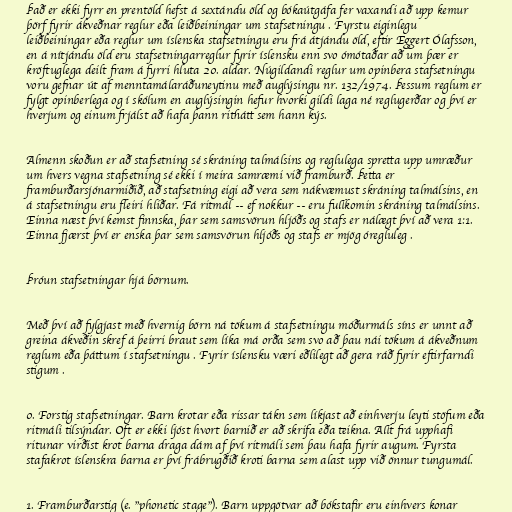
Það er ekki fyrr en prentöld hefst á sextándu öld og bókaútgáfa fer vaxandi að upp kemur
þörf fyrir ákveðnar reglur eða leiðbeiningar um stafsetningu . Fyrstu eiginlegu
leiðbeiningar eða reglur um íslenska stafsetningu eru frá átjándu öld, eftir Eggert Ólafsson,
en á nítjándu öld eru stafsetningarreglur fyrir íslensku enn svo ómótaðar að um þær er
kröftuglega deilt fram á fyrri hluta 20. aldar. Núgildandi reglur um opinbera stafsetningu
voru gefnar út af menntamálaráðuneytinu með auglýsingu nr. 132/1974. Þessum reglum er
fylgt opinberlega og í skólum en auglýsingin hefur hvorki gildi laga né reglugerðar og því er
hverjum og einum frjálst að hafa þann rithátt sem hann kýs.

Almenn skoðun er að stafsetning sé skráning talmálsins og reglulega spretta upp umræður
um hvers vegna stafsetning sé ekki í meira samræmi við framburð. Þetta er
framburðarsjónarmiðið, að stafsetning eigi að vera sem nákvæmust skráning talmálsins, en
á stafsetningu eru fleiri hliðar. Fá ritmál -- ef nokkur -- eru fullkomin skráning talmálsins.
Einna næst því kemst finnska, þar sem samsvörun hljóðs og stafs er nálægt því að vera 1:1.
Einna fjærst því er enska þar sem samsvörun hljóðs og stafs er mjög óregluleg .

Þróun stafsetningar hjá börnum.

Með því að fylgjast með hvernig börn ná tökum á stafsetningu móðurmáls síns er unnt að
greina ákveðin skref á þeirri braut sem líka má orða sem svo að þau nái tökum á ákveðnum
reglum eða þáttum í stafsetningu . Fyrir íslensku væri eðlilegt að gera ráð fyrir eftirfarndi
stigum .

0. Forstig stafsetningar. Barn krotar eða rissar tákn sem líkjast að einhverju leyti stöfum eða
ritmáli tilsýndar. Oft er ekki ljóst hvort barnið er að skrifa eða teikna. Allt frá upphafi
ritunar virðist krot barna draga dám af því ritmáli sem þau hafa fyrir augum. Fyrsta
stafakrot íslenskra barna er því frábrugðið kroti barna sem alast upp við önnur tungumál.

1. Framburðarstig (e. "phonetic stage"). Barn uppgötvar að bókstafir eru einhvers konar